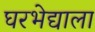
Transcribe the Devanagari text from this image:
घरभेद्याला